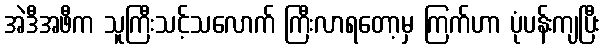
အဲဒီအဖီက သူကြီးသင့်သလောက် ကြီးလာရတော့မှ ကြက်ဟာ ပုံပန်းကျပြီး